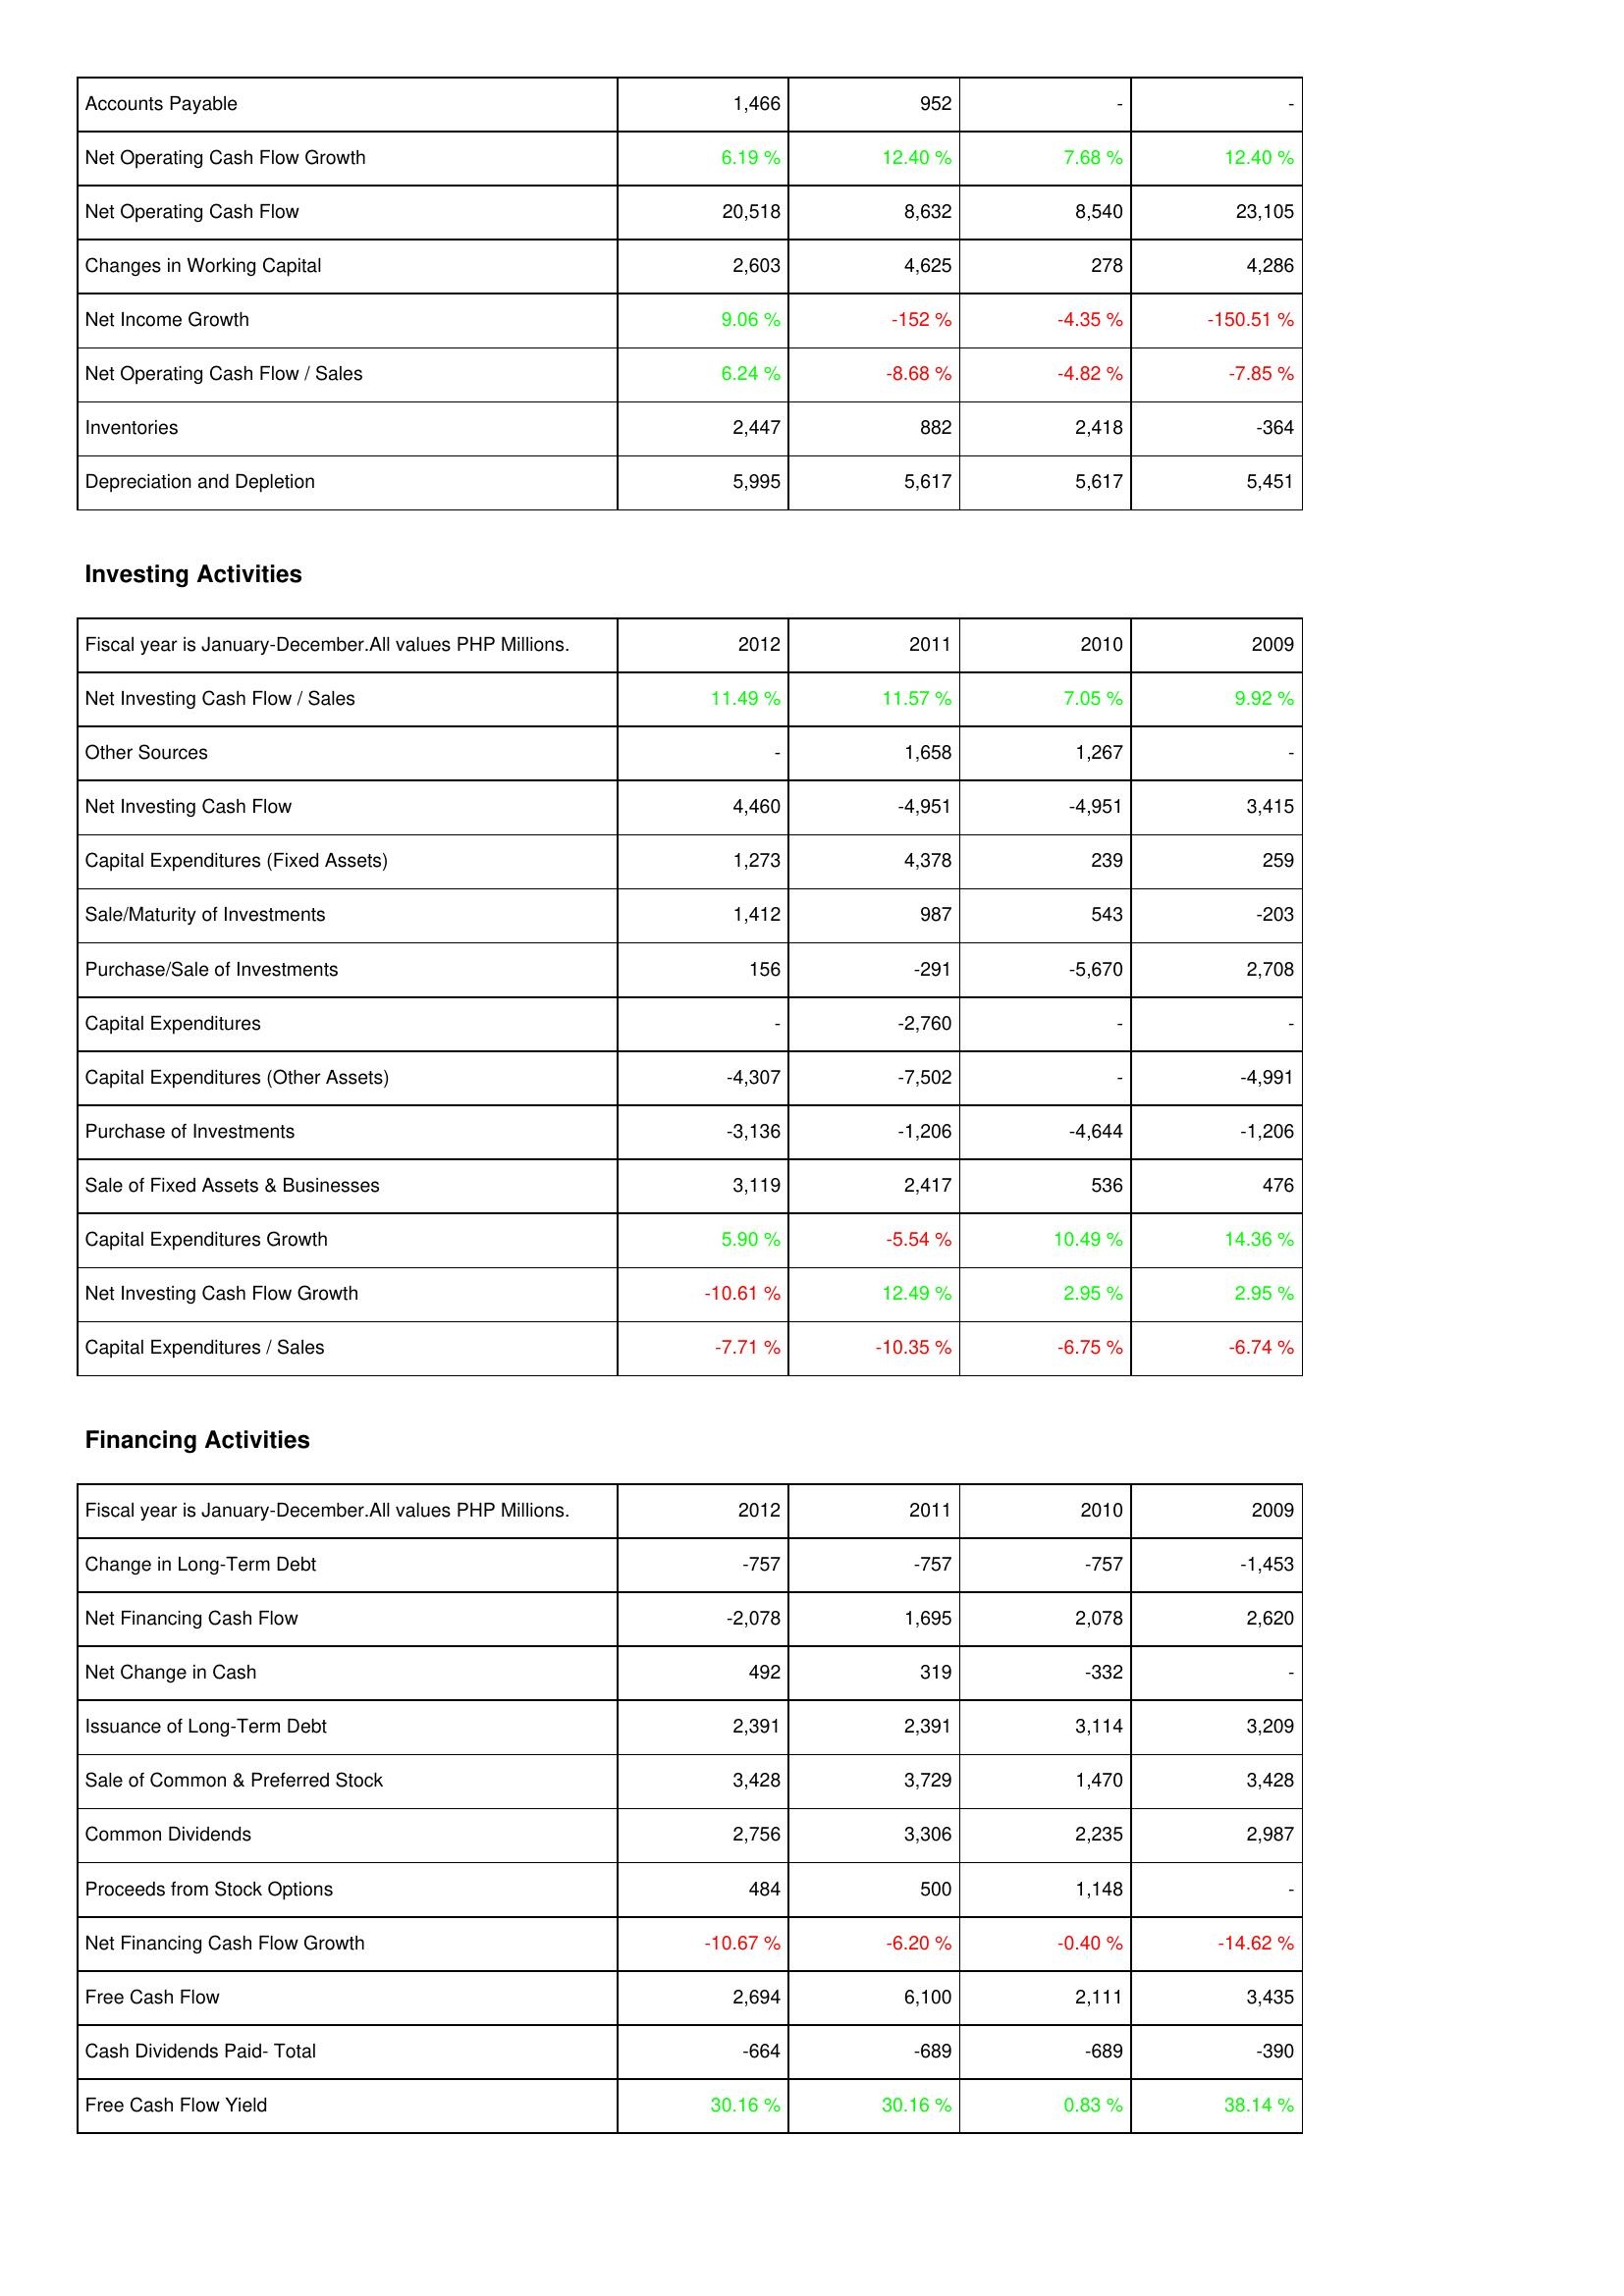
2012: Operating Activities: Accounts Payable: 1,466
Net Operating Cash Flow Growth: 6.19 %
Net Operating Cash Flow: 20,518
Changes in Working Capital: 2,603
Net Income Growth: 9.06 %
Net Operating Cash Flow / Sales: 6.24 %
Inventories: 2,447
Depreciation and Depletion: 5,995
Investing Activities: Net Investing Cash Flow / Sales: 11.49 %
Other Sources: -
Net Investing Cash Flow: 4,460
Capital Expenditures (Fixed Assets): 1,273
Sale/Maturity of Investments: 1,412
Purchase/Sale of Investments: 156
Capital Expenditures: -
Capital Expenditures (Other Assets): -4,307
Purchase of Investments: -3,136
Sale of Fixed Assets & Businesses: 3,119
Capital Expenditures Growth: 5.90 %
Net Investing Cash Flow Growth: -10.61 %
Capital Expenditures / Sales: -7.71 %
Financing Activities: Change in Long-Term Debt: -757
Net Financing Cash Flow: -2,078
Net Change in Cash: 492
Issuance of Long-Term Debt: 2,391
Sale of Common & Preferred Stock: 3,428
Common Dividends: 2,756
Proceeds from Stock Options: 484
Net Financing Cash Flow Growth: -10.67 %
Free Cash Flow: 2,694
Cash Dividends Paid- Total: -664
Free Cash Flow Yield: 30.16 %
2011: Operating Activities: Accounts Payable: 952
Net Operating Cash Flow Growth: 12.40 %
Net Operating Cash Flow: 8,632
Changes in Working Capital: 4,625
Net Income Growth: -152 %
Net Operating Cash Flow / Sales: -8.68 %
Inventories: 882
Depreciation and Depletion: 5,617
Investing Activities: Net Investing Cash Flow / Sales: 11.57 %
Other Sources: 1,658
Net Investing Cash Flow: -4,951
Capital Expenditures (Fixed Assets): 4,378
Sale/Maturity of Investments: 987
Purchase/Sale of Investments: -291
Capital Expenditures: -2,760
Capital Expenditures (Other Assets): -7,502
Purchase of Investments: -1,206
Sale of Fixed Assets & Businesses: 2,417
Capital Expenditures Growth: -5.54 %
Net Investing Cash Flow Growth: 12.49 %
Capital Expenditures / Sales: -10.35 %
Financing Activities: Change in Long-Term Debt: -757
Net Financing Cash Flow: 1,695
Net Change in Cash: 319
Issuance of Long-Term Debt: 2,391
Sale of Common & Preferred Stock: 3,729
Common Dividends: 3,306
Proceeds from Stock Options: 500
Net Financing Cash Flow Growth: -6.20 %
Free Cash Flow: 6,100
Cash Dividends Paid- Total: -689
Free Cash Flow Yield: 30.16 %
2010: Operating Activities: Accounts Payable: -
Net Operating Cash Flow Growth: 7.68 %
Net Operating Cash Flow: 8,540
Changes in Working Capital: 278
Net Income Growth: -4.35 %
Net Operating Cash Flow / Sales: -4.82 %
Inventories: 2,418
Depreciation and Depletion: 5,617
Investing Activities: Net Investing Cash Flow / Sales: 7.05 %
Other Sources: 1,267
Net Investing Cash Flow: -4,951
Capital Expenditures (Fixed Assets): 239
Sale/Maturity of Investments: 543
Purchase/Sale of Investments: -5,670
Capital Expenditures: -
Capital Expenditures (Other Assets): -
Purchase of Investments: -4,644
Sale of Fixed Assets & Businesses: 536
Capital Expenditures Growth: 10.49 %
Net Investing Cash Flow Growth: 2.95 %
Capital Expenditures / Sales: -6.75 %
Financing Activities: Change in Long-Term Debt: -757
Net Financing Cash Flow: 2,078
Net Change in Cash: -332
Issuance of Long-Term Debt: 3,114
Sale of Common & Preferred Stock: 1,470
Common Dividends: 2,235
Proceeds from Stock Options: 1,148
Net Financing Cash Flow Growth: -0.40 %
Free Cash Flow: 2,111
Cash Dividends Paid- Total: -689
Free Cash Flow Yield: 0.83 %
2009: Operating Activities: Accounts Payable: -
Net Operating Cash Flow Growth: 12.40 %
Net Operating Cash Flow: 23,105
Changes in Working Capital: 4,286
Net Income Growth: -150.51 %
Net Operating Cash Flow / Sales: -7.85 %
Inventories: -364
Depreciation and Depletion: 5,451
Investing Activities: Net Investing Cash Flow / Sales: 9.92 %
Other Sources: -
Net Investing Cash Flow: 3,415
Capital Expenditures (Fixed Assets): 259
Sale/Maturity of Investments: -203
Purchase/Sale of Investments: 2,708
Capital Expenditures: -
Capital Expenditures (Other Assets): -4,991
Purchase of Investments: -1,206
Sale of Fixed Assets & Businesses: 476
Capital Expenditures Growth: 14.36 %
Net Investing Cash Flow Growth: 2.95 %
Capital Expenditures / Sales: -6.74 %
Financing Activities: Change in Long-Term Debt: -1,453
Net Financing Cash Flow: 2,620
Net Change in Cash: -
Issuance of Long-Term Debt: 3,209
Sale of Common & Preferred Stock: 3,428
Common Dividends: 2,987
Proceeds from Stock Options: -
Net Financing Cash Flow Growth: -14.62 %
Free Cash Flow: 3,435
Cash Dividends Paid- Total: -390
Free Cash Flow Yield: 38.14 %